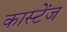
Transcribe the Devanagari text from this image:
कास्टेंज